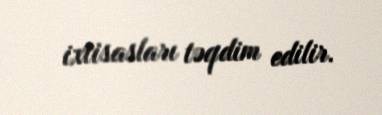
ixtisasları təqdim edilir.